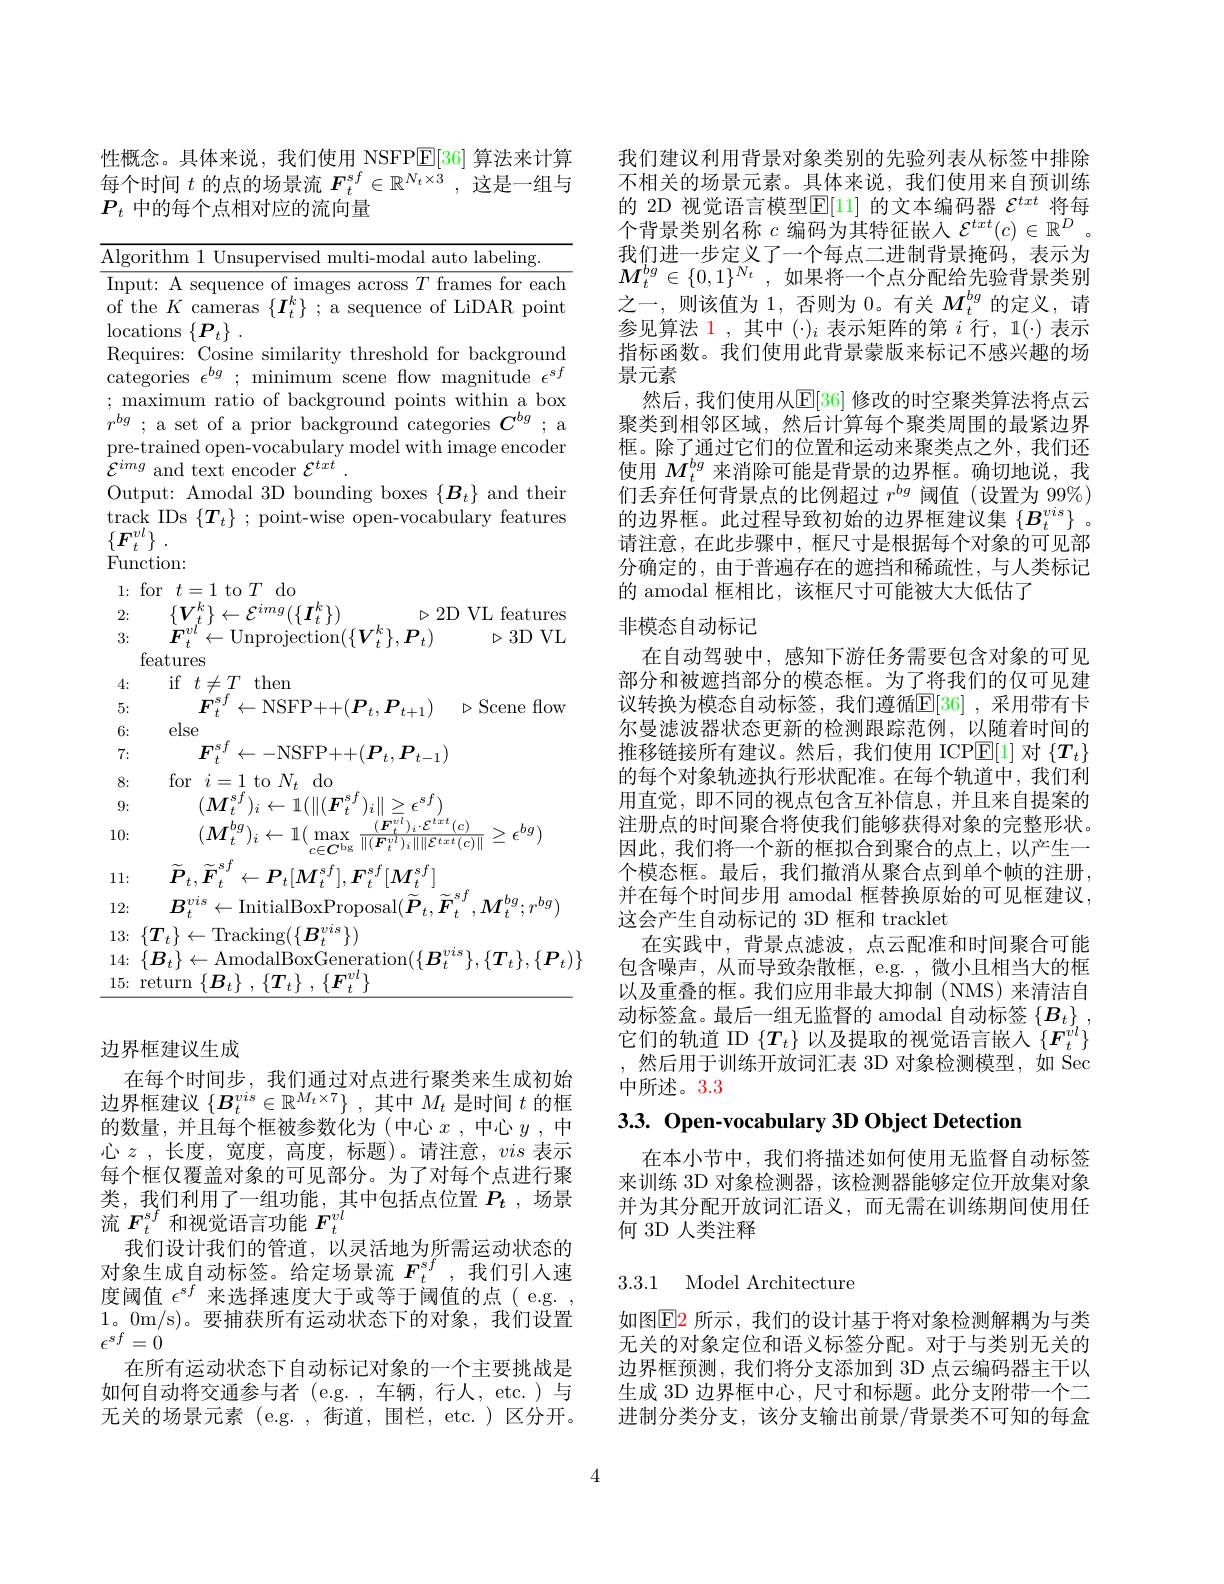
性概念。具体来说，我们使用 NSFPE[36]算法来计算每个时间$t$的点的场景流$F_t^sf\in\mathbb{R}^{N_t\times3}$,这是一组与$P_t$中的每个点相对应的流向量

$\overline{\mathrm{Algorithm~1~Unsupervised~multi-modal~auto~labeling.}}$
Input: A sequence of images across $T$ frames for each of the $K$cameras $\{\boldsymbol I_{t}^{k}\}$ ; a sequence of LiDAR point $\operatorname*{locations}\left\{\boldsymbol{P}_{t}\right\}.$
Requires: Cosine similarity threshold for background categories $\epsilon^{bg}$ ; minimum scene flow magnitude $\epsilon^sf$ ; maximum ratio of background points within a box $r^{bg}$ ; a set of a prior background categories $C^bg$ ; a pre-trained open-vocabulary model with image encoder $\bar{\mathcal{E}}^{img}$ and text encoder $\mathcal{E}^txt$
Output: Amodal 3D bounding boxes $\{\boldsymbol{B}_{t}\}$ and their track IDs $\{T_{t}\}$ ; point-wise open-vocabulary features $\{ F_{t}^{vl}\}$ . Function: $1\colon$for$t=1$to$T$do

$\triangleright2$D VL features
2:
$\{\boldsymbol{V}_{t}^{k}\}\leftarrow\mathcal{E}^{img}(\{\boldsymbol{I}_{t}^{k}\})$
3:
$\triangleright3DVL$
$\dot{\boldsymbol{F}}_{t}^{vl}\leftarrow$Unprojection$(\{\boldsymbol V_{t}^{k}\},\boldsymbol{P}_{t})$
features
4:
if$t\neq T$then
5:
$F_{t}^{sf}\leftarrow$NSFP$+ + ( P_t, P_{t+ 1})$ $\triangleright$Scene flow
6:
else
7:
$F_{t}^{sf}\leftarrow-$NSFP$++(\boldsymbol P_t,\boldsymbol P_{t-1})$
8:
for$i=1$to$N_t$do
9:
$(M_{t}^{sf})_{i}\leftarrow1(\|(\boldsymbol{F}_{t}^{sf})_{i}\|\geq\epsilon^{sf})$
10:
$(M_{t}^{bg})_{i}\leftarrow1(\max_{c\in\boldsymbol{C}^{\mathrm{bg}}}\frac{(\boldsymbol{F}_{t}^{vl})_{i}\cdot\mathcal{E}^{txt}(c)}{\|(\boldsymbol{F}_{t}^{vl})_{i}\|\|\mathcal{E}^{txt}(c)\|}\geq\epsilon^{bg})$
$\widetilde{\boldsymbol{P}}_{t},\widetilde{\boldsymbol{F}}_{t}^{sf}\leftarrow P_{t}[M_{t}^{sf}],\boldsymbol{F}_{t}^{sf}[M_{t}^{sf}]$
11:
$B_{t}^{vis}\leftarrow$InitialBoxProposal$(\tilde{\boldsymbol{P}}_{t},\tilde{\boldsymbol{F}}_{t}^{sf},M_{t}^{bg};r^{bg})$
12:
$13\colon\{\boldsymbol{T}_{t}\}\leftarrow$Tracking$(\{\boldsymbol B_{t}^{vis}\})$
$14\colon\{\boldsymbol{B}_{t}\}\leftarrow$AmodalBoxGeneration$(\{\boldsymbol B_{t}^{vis}\},\{\boldsymbol{T}_{t}\},\{\boldsymbol{P}_{t})\}$
15{:}return$\{B_t\},\{T_t\},\{F_t^{vl}\}$

边界框建议生成
在每个时间步，我们通过对点进行聚类来生成初始边界框建议$\{ \boldsymbol{B}_t^{vis}\in \mathbb{R} ^{M_t\times 7}\}$ ,其中$M_t$是时间$t$的框的数量，并且每个框被参数化为(中心$x$ ,中心$y$ ,中心$z$ ,长度，宽度，高度，标题)。请注意，vis表示每个框仅覆盖对象的可见部分。为了对每个点进行聚类，我们利用了一组功能，其中包括点位置$P_t$ ,场景流$F_t^{sf}$和视觉语言功能$F_t^vl$
我们设计我们的管道，以灵活地为所需运动状态的对象生成自动标签。给定场景流$F_t^{sf}$ ,我们引人速度阈值$\epsilon^{sf}$来选择速度大于或等于阈值的点( e.g. , 1。0m/s)。要捕获所有运动状态下的对象，我们设置$\epsilon^{sf}=0$
在所有运动状态下自动标记对象的一个主要挑战是如何自动将交通参与者 (e.g. , 车辆，行人，etc. )与无关的场景元素(e.g.,街道，围栏，etc.)区分开。

我们建议利用背景对象类别的先验列表从标签中排除不相关的场景元素。具体来说，我们使用来自预训练的 2D 视觉语言模型$\mathbb{E}[11]$的文本编码器$\mathcal{E}^txt$将每个背景类别名称$c$编码为其特征嵌入$\mathcal{E}^txt(c)\in\mathbb{R}^D$ 。我们进一步定义了一个每点二进制背景掩码，表示为$M_t^{bg}\in \{ 0, \dot{1} \} ^{N_t}$ ,如果将一个点分配给先验背景类别之一，则该值为 1, 否则为 0。有关$M_t^{bg}$的定义，请参见算法 1 , 其中 (·)$_i$表示矩阵的第$i$行，1(·) 表示指标函数。我们使用此背景蒙版来标记不感兴趣的场景元素
然后，我们使用从$\mathbb{E}[36]$ 修改的时空聚类算法将点云聚类到相邻区域，然后计算每个聚类周围的最紧边界框。除了通过它们的位置和运动来聚类点之外，我们还使用$M_t^{bg}$来消除可能是背景的边界框。确切地说，我们丢弃任何背景点的比例超过$r^{bg}$阈值(设置为 99%) 的边界框。此过程导致初始的边界框建议集$\left\{B_t^{vis}\right\}$。请注意，在此步骤中，框尺寸是根据每个对象的可见部分确定的，由于普遍存在的遮挡和稀疏性，与人类标记的 amodal 框相比，该框尺寸可能被大大低估了
非模态自动标记
在自动驾驶中，感知下游任务需要包含对象的可见部分和被遮挡部分的模态框。为了将我们的仅可见建议转换为模态自动标签，我们遵循$\mathbb{E}[36]$ ,采用带有卡尔曼滤波器状态更新的检测跟踪范例，以随着时间的推移链接所有建议。然后，我们使用 ICP$\mathbb{E}[1]$对$\{T_t\}$ 的每个对象轨迹执行形状配准。在每个轨道中，我们利用直觉，即不同的视点包含互补信息，并且来自提案的注册点的时间聚合将使我们能够获得对象的完整形状。因此，我们将一个新的框拟合到聚合的点上，以产生一个模态框。最后，我们撤消从聚合点到单个帧的注册， 并在每个时间步用 amodal 框替换原始的可见框建议， 这会产生自动标记的 3D 框和 tracklet
在实践中，背景点滤波，点云配准和时间聚合可能包含噪声，从而导致杂散框，e.g.,微小且相当大的框以及重叠的框。我们应用非最大抑制(NMS)来清洁自动标签盒。最后一组无监督的 amodal 自动标签$\{ \boldsymbol{B}_t\}$ , 它们的轨道 ID $\{T_t\}$以及提取的视觉语言嵌入$\{F_t^{vl}\}$ ,然后用于训练开放词汇表 3D 对象检测模型，如 Sec 中所述。3.3

## 3.3. Open-vocabulary 3D Object Detection

在本小节中，我们将描述如何使用无监督自动标签来训练 3D 对象检测器，该检测器能够定位开放集对象并为其分配开放词汇语义，而无需在训练期间使用任何 3D 人类注释

3.3.1 Model Architecture

如图$\color{red}{\mathrm{E2~所示，我们的设计基于将对象检测解耦为与类}}$ 无关的对象定位和语义标签分配。对于与类别无关的边界框预测，我们将分支添加到 3D 点云编码器主干以生成 3D 边界框中心，尺寸和标题。此分支附带一个二进制分类分支，该分支输出前景/背景类不可知的每盒

4